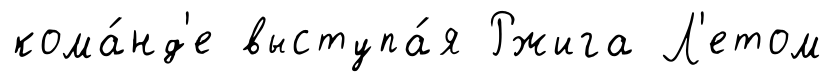
кома́нд'е выступа́я Ржига Л'етом